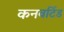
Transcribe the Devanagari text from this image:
कनवर्टिड